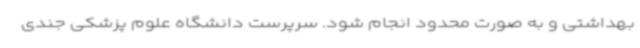
بهداشتی و به صورت محدود انجام شود. سرپرست دانشگاه علوم پزشکی جندی